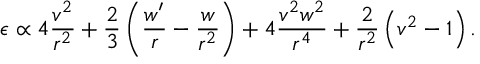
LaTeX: \epsilon \propto 4 \frac { v ^ { 2 } } { r ^ { 2 } } + \frac { 2 } { 3 } \left( \frac { w ^ { \prime } } { r } - \frac { w } { r ^ { 2 } } \right) + 4 \frac { v ^ { 2 } w ^ { 2 } } { r ^ { 4 } } + \frac { 2 } { r ^ { 2 } } \left( v ^ { 2 } - 1 \right) .